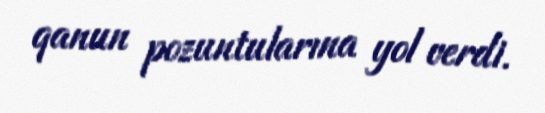
qanun pozuntularına yol verdi.